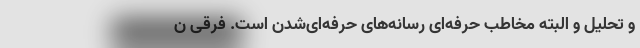
و تحلیل و البته مخاطبِ حرفه‌ایِ رسانه‌های حرفه‌ای‌شدن است. فرقی ن